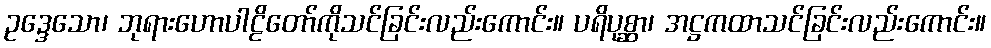
ဥဒ္ဒေသော၊ ဘုရားဟောပါဠိတော်ကိုသင်ခြင်းလည်းကောင်း။ ပရိပုစ္ဆာ၊ အဋ္ဌကထာသင်ခြင်းလည်းကောင်း။